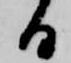
日